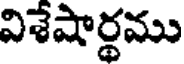
విశేషార్థము